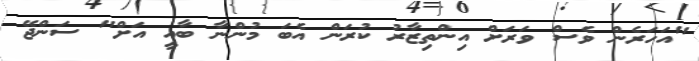
"އަހަރެން ވެސް ވަރަށް އިންތިޒާރު ކުރަން އެބަ މުންނާ ބާއީ އަށް" ސަންޖޭ